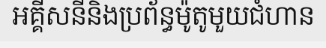
អគ្គីសនីនិងប្រព័ន្ធម៉ូតូមួយជំហាន